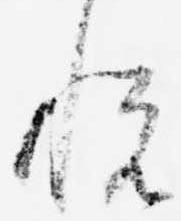
悦